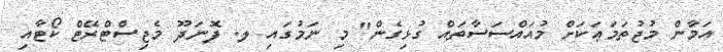
އަމާން މުޖުތަމަޢަކަށް މުއައްސަސާތައް ގުޅިގެން" މި ނަމުގައި ލ. ފޮނަދޫ މެޖިސްޓްރޭޓް ކޯޓާއި